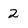
Character: 2